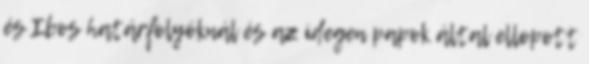
és Ibos határfolyóknál és az idegen papok által ellopott